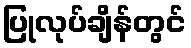
ပြုလုပ်ချိန်တွင်